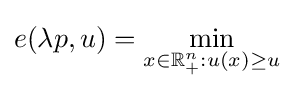
e(\lambda p,u)=\min _{x\in \mathbb {R} _{+}^{n}:u(x)\geq u}